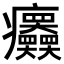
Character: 𤼤